Report of the Municipal Commissioner on the plague in Bombay for the year ending 31st May... - Volume 1
Disease focus: Plague
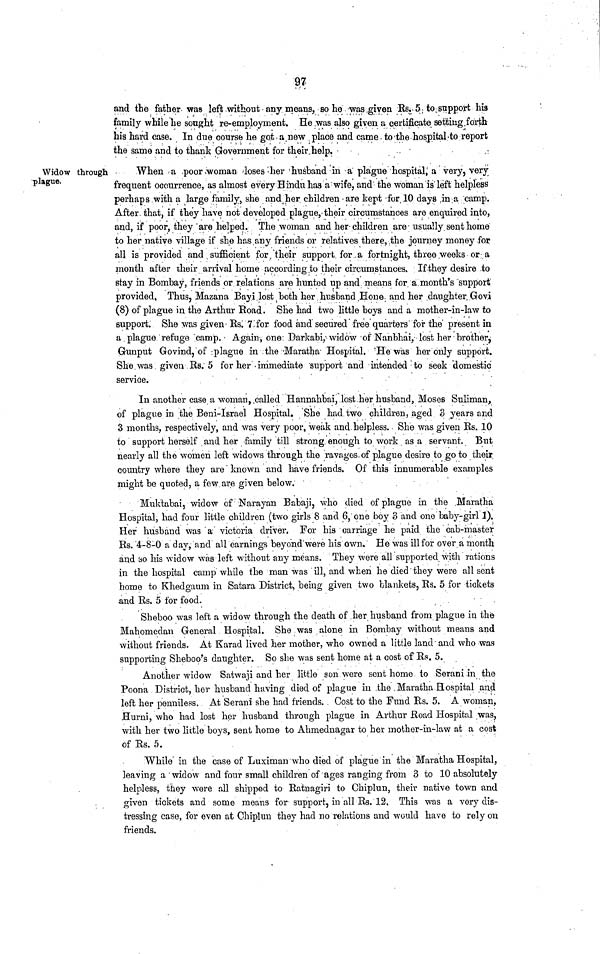
97
and the father was left without any means, so he was given Es. 5 to support his
family while he sought re-employment. He was also given a certificate setting forth
his hard case. In due course he got a new place and came to the hospital to report
the same and to thank Government for their help.
Widow through
plague.
When a poor woman loses her husband in a plague hospital, a very, very
frequent occurrence, as almost every Hindu has a wife, and the woman is left helpless
perhaps with a large family, she and her children are kept for 10 days in a camp.
After that, if they have not developed plague, their circumstances are enquired into,
and, if poor, they are helped. The woman and her children are usually sent home
to her native village if she has any friends or relatives there, the journey money for
all is provided and sufficient for their support for a fortnight, three weeks or a
month after their arrival home according to their circumstances. If they desire to
stay in Bombay, friends or relations are hunted up and means for a month's support
provided, Thus, Mazana Bayi lost both her husband Hone and her daughter Govi
(8) of plague in the Arthur Road. She had two little boys and a mother-in-law to
support. She was given Rs. 7 for food and secured free quarters for the present in
a plague refuge camp. Again, one Darkabi, widow of Nanbhai, lost her brother,
Gunput Govind, of plague in the Maratha Hospital. He was her only support.
She was given Rs. 5 for her immediate support and intended to seek domestic
service.
In another case a woman, called Hannahbai, lost her husband, Moses Suliman,
of plague in the Beni-Israel Hospital. She had two children, aged 3 years and
3 months, respectively, and was very poor, weak and helpless. She was given Rs. 10
to support herself and her family till strong enough to work as a servant. But
nearly all the women left widows through the ravages of plague desire to go to their
country where they are known and have friends. Of this innumerable examples
might be quoted, a few are given below.
Muktabai, widow of Narayan Babaji, who died of plague in the Maratha
Hospital, had four little children (two girls 8 and 6, one boy 3 and one baby-girl 1).
Her husband was a victoria driver. For his carriage he paid the cab-master
Rs. 4-8-0 a day, and all earnings beyond were his own. He was ill for over a month
and ¡so his widow was left without any means. They were all supported with rations
in the hospital camp while the man was ill, and when he died they were all sent
home to Khedgaum in Satara District, being given two blankets, Rs. 5 for tickets
and Rs. 5 for food.
Sheboo was left a widow through the death of her husband from plague in the
Mahomedan General Hospital. She was alone in Bombay without means and
without friends. At Karad lived her mother, who owned a little land and who was
supporting Sheboo's daughter. So she was sent home at a cost of Rs. 5.
Another widow Satwaji and her little son were sent home to Serani in the
Poona District, her husband having died of plague in the Maratha Hospital and
left her penniless. At Serani she had friends. Cost to the Fund Rs. 5. A woman,
Hurni, who had lost her husband through plague in Arthur Road Hospital was,
with her two little boys, sent home to Ahmednagar to her mother-in-law at a cost
of Rs. 5.
While in the case of Luximan who died of plague in the Maratha Hospital,
leaving a widow and four small children of ages ranging from 3 to 10 absolutely
helpless, they were all shipped to Ratnagiri to Chiplun, their native town and
given tickets and some means for support, in all Rs. 12. This was a very dis-
tressing case, for even at Chiplun they had no relations and would have to rely on
friends.